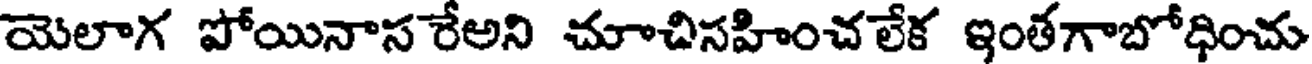
యెలాగ పోయినాస రేఅని చూచిసహించలేక ఇంతగాబోధించు